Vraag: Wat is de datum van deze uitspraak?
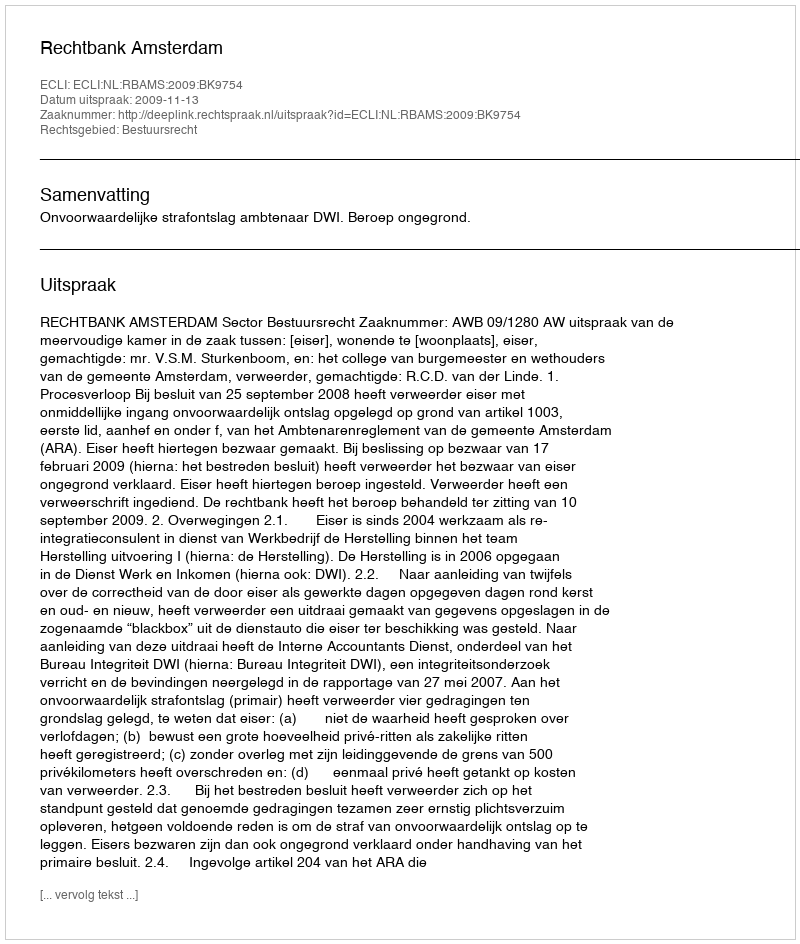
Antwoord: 2009-11-13